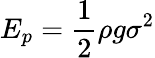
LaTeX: E_{p}={\frac{1}{2}}\rho g\sigma^{2}